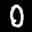
Label: 0